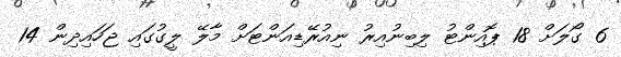
6 ގޯލަށް 18 ޕޮއިންޓު ލިބިނުއިރު ނިއުރޭޑިއަންޓަށް މާލޭ ލީގުގައި ޖަހައިދިން 14